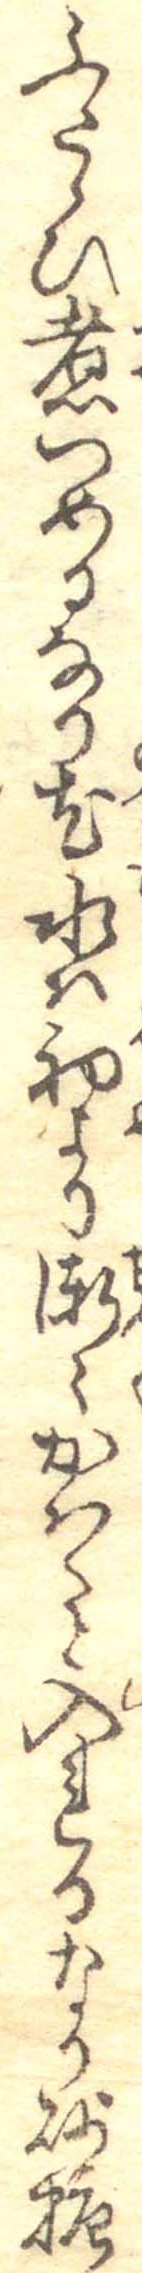
ふたゝひ煮つめるなり尤水は初より漸々かはくと入れるなり砂糖